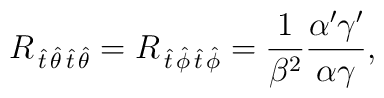
R_{\,\hat{t}\,\hat{\theta}\,\hat{t}\,\hat{\theta}}=R_{\,\hat{t}\,\hat{\phi}\,\hat{t}\,\hat{\phi}}={1\over\beta^2}\frac{\alpha'\gamma'}{\alpha\gamma},